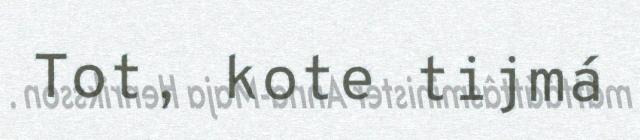
Tot, kote tijmá